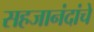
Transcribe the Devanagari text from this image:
सहजानंदांचे